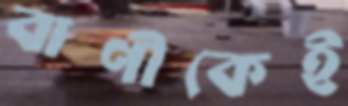
বাণীকেই